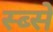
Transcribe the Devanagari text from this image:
स्ब्से